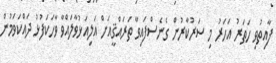
ފާއިތުވި ހަތަރު އަހަރު މި ސަރުކާރުން ގެނެސްފައިވާ ތަރައްޤީއަށް އަލިއަޅުވާލައްވާ ވާހަކަފުޅު ދައްކަވަމުން